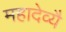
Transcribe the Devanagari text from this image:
महादेव्यै